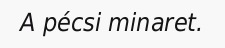
A pécsi minaret.